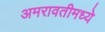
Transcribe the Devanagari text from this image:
अमरावतीमध्ये